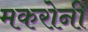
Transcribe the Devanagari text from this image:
मकरोनी